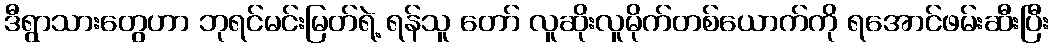
ဒီရွာသားတွေဟာ ဘုရင်မင်းမြတ်ရဲ့ ရန်သူ တော် လူဆိုးလူမိုက်တစ်ယောက်ကို ရအောင်ဖမ်းဆီးပြီး